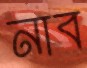
নাব